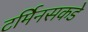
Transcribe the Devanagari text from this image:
टर्मिनसकडे